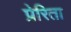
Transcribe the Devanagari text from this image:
प्रेरिता